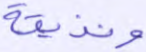
ونذيقه